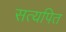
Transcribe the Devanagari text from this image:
सत्यपित